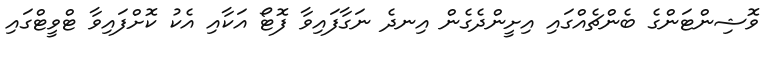
ވޮޝިންޓަންގެ ބެންޗެއްގައި އިށީންދެގެން އިނދެ ނަގާފައިވާ ފޮޓޯ އަކާއި އެކު ކޮށްފައިވާ ޓްވީޓްގައި